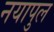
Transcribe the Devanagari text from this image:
नयापुल